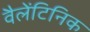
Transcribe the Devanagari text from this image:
वैलेंटिनिक